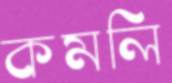
কমলি